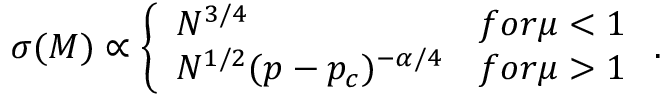
\sigma ( M ) \propto \left\{ \begin{array} { l l } { N ^ { 3 / 4 } } & { f o r \mu < 1 } \\ { N ^ { 1 / 2 } ( p - p _ { c } ) ^ { - \alpha / 4 } } & { f o r \mu > 1 } \end{array} \right. .